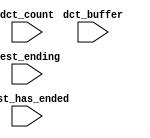
module hello_world_nios2_qsys_oci_test_bench (
                                               // inputs:
                                                dct_buffer,
                                                dct_count,
                                                test_ending,
                                                test_has_ended
                                             )
;

  input   [ 29: 0] dct_buffer;
  input   [  3: 0] dct_count;
  input            test_ending;
  input            test_has_ended;


endmodule